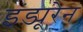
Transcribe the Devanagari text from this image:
इंड्यूरेन